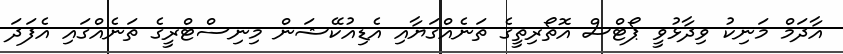
އާދަމް މަނިކު ވިދާޅުވީ ޕޯޓްސް އޮތޯރިތީގެ ތަނެއްގަޔާއި އެޑިއުކޭޝަން މިނިސްޓްރީގެ ތަނެއްގައި އެފަދަ